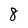
Character: 8